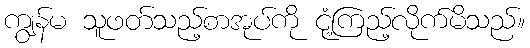
ကျွန်မ သူဖတ်သည့်စာအုပ်ကို ငုံ့ကြည့်လိုက်မိသည်။